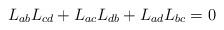
LaTeX: \begin{align*} L_{ab}L_{cd}+L_{ac}L_{db}+L_{ad}L_{bc}=0\end{align*}